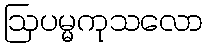
ဩပမ္မကုသလော